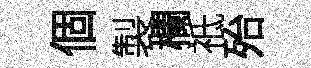
個製欄祗殆